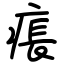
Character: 痮